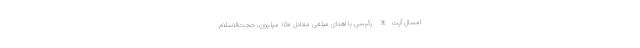
امسال آیت‌الله رئیسی با اهدای مبلغی معادل ۱۵۰ میلیون، حجت‌الاسلام